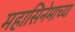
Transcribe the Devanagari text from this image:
महासिनेमाच्या